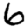
Digit: 6